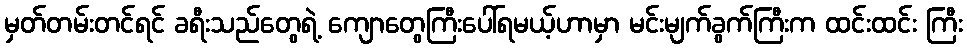
မှတ်တမ်းတင်ရင် ခရီးသည်တွေရဲ့ ကျောတွေကြီးပေါ်ရမယ့်ဟာမှာ မင်းမျက်ခွက်ကြီးက ထင်းထင်း ကြီး